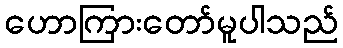
ဟောကြားတော်မူပါသည်